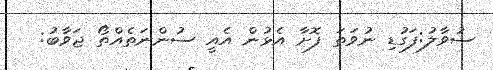
ސުވާލު:ފަގުޑި ނުވަތަ ފޮށާ އެޅުން އެއީ ސުންނަތެއްތޯ ޖަވާބު: